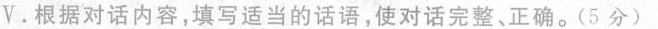
V.根据对话内容,填写适当的话语,使对话完整、正确。(5 分)